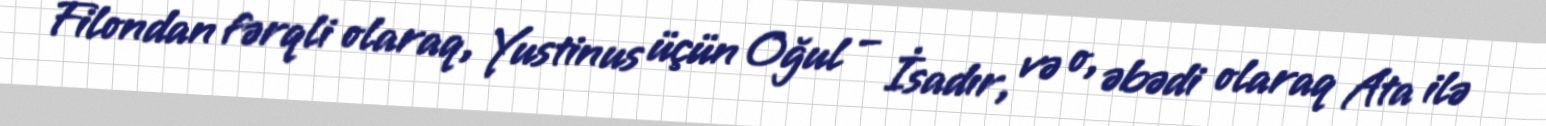
Filondan fərqli olaraq, Yustinus üçün Oğul – İsadır, və o, əbədi olaraq Ata ilə